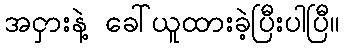
အငှားနဲ့ ခေါ်ယူထားခဲ့ပြီးပါပြီ။